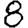
Digit: 8